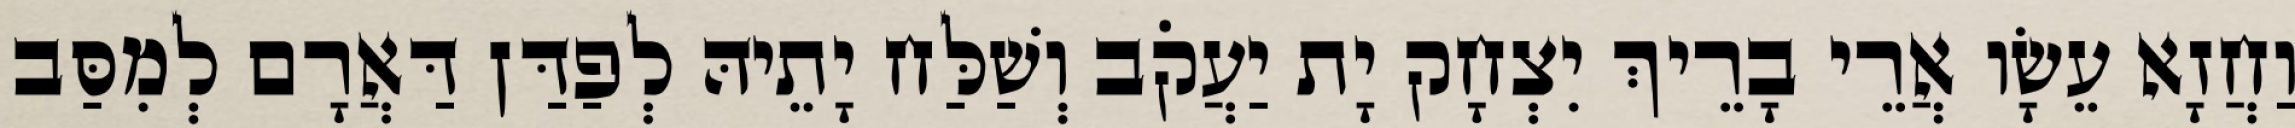
וַחֲזָא עֵשָׂו אֲרֵי בָרֵיךְ יִצְחָק יָת יַעֲקֹב וְשַׁלַּח יָתֵיהּ לְפַדַּן דַּאֲרָם לְמִסַּב